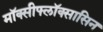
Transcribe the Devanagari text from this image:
मॉक्सीफ्लॉक्सासिन